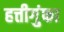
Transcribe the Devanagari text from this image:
हत्तीगुंफा